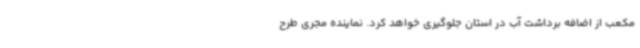
مکعب از اضافه برداشت آب در استان جلوگیری خواهد کرد. نماینده مجری طرح